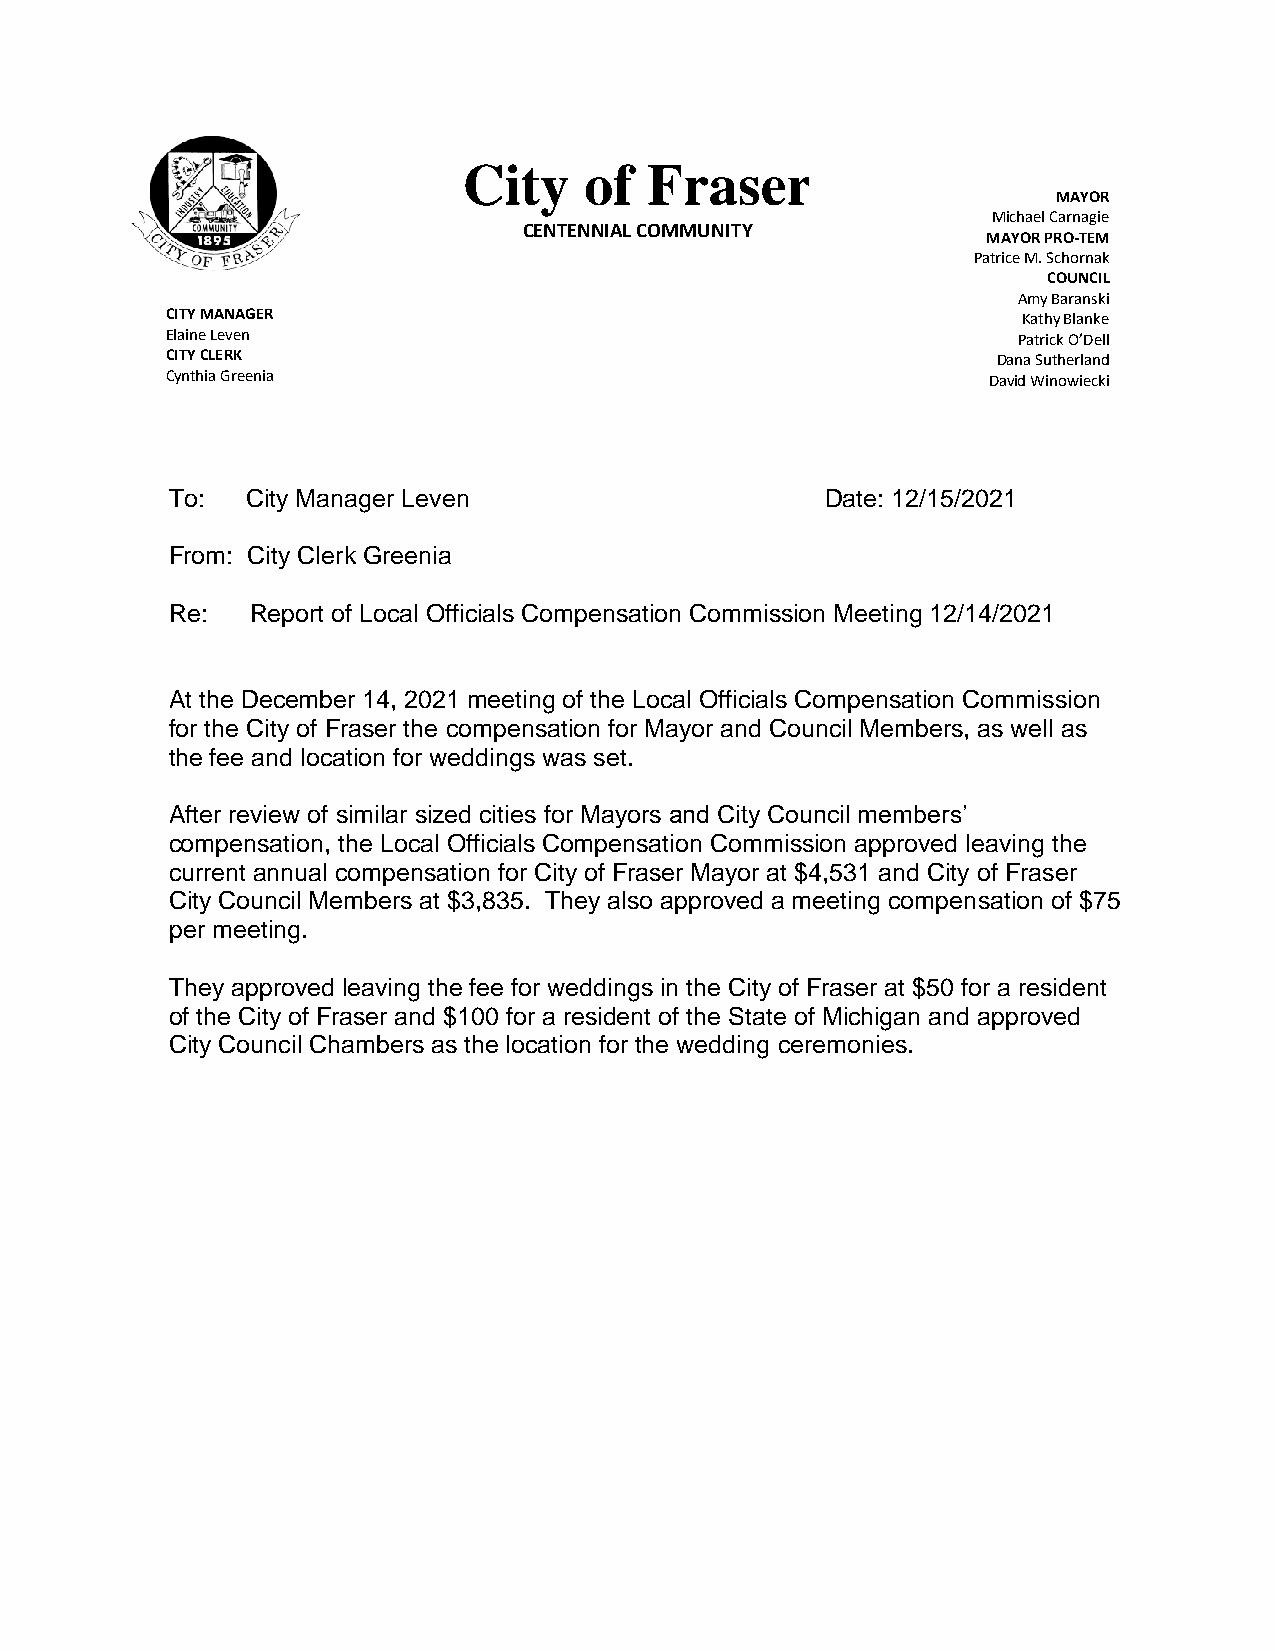
City    of  Fraser
 MAYOR
 Michael Carnagie
 CENTENNIAL COMMUNITY
 MAYOR PRO-TEM
 Patrice M. Schornak
 COUNCIL
 Amy Baranski
 CITY MANAGER                                             Kathy Blanke
 Elaine Leven                                            Patrick O’Dell
 CITY CLERK                                             Dana Sutherland
 Cynthia Greenia                                       David Winowiecki
 To:  City Manager Leven                     Date: 12/15/2021
 From: City Clerk Greenia
 Re:   Report of Local Officials Compensation Commission Meeting 12/14/2021
 At the December 14, 2021 meeting of the Local Officials Compensation Commission
 for the City of Fraser the compensation for Mayor and Council Members, as well as
 the fee and location for weddings was set.
 After review of similar sized cities for Mayors and City Council members’
 compensation, the Local Officials Compensation Commission approved leaving the
 current annual compensation for City of Fraser Mayor at $4,531 and City of Fraser
 City Council Members at $3,835. They also approved a meeting compensation of $75
 per meeting.
 They approved leaving the fee for weddings in the City of Fraser at $50 for a resident
 of the City of Fraser and $100 for a resident of the State of Michigan and approved
 City Council Chambers as the location for the wedding ceremonies.